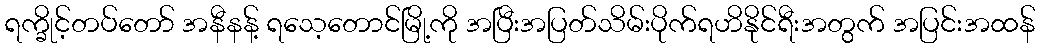
ရက္ခိုင့်တပ်တော် အနီနန့် ရသေ့တောင်မြို့ကို အပြီးအပြတ်သိမ်းပိုက်ရဟိနိုင်ရီးအတွက် အပြင်းအထန်